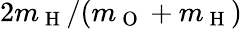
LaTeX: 2m_{\mathrm{~H~}}/(m_{\mathrm{~O~}}+m_{\mathrm{~H~}})